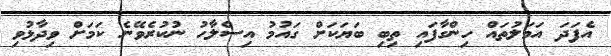
އެފަދަ އަމަލުތައް ހިންގާފައި ތިބި ބަޔަކަށް ގައުމު އިސްލާހު ނުކުރެވޭނެ ކަމަށް ވިދާޅުވި